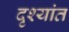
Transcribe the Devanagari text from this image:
दृश्यांत